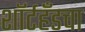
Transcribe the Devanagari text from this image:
शॉर्टहँडचा